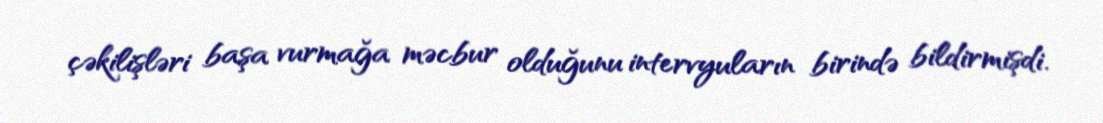
çəkilişləri başa vurmağa məcbur olduğunu intervyuların birində bildirmişdi.